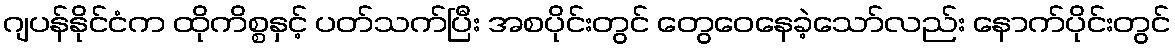
ဂျပန်နိုင်ငံက ထိုကိစ္စနှင့် ပတ်သက်ပြီး အစပိုင်းတွင် တွေဝေနေခဲ့သော်လည်း နောက်ပိုင်းတွင်